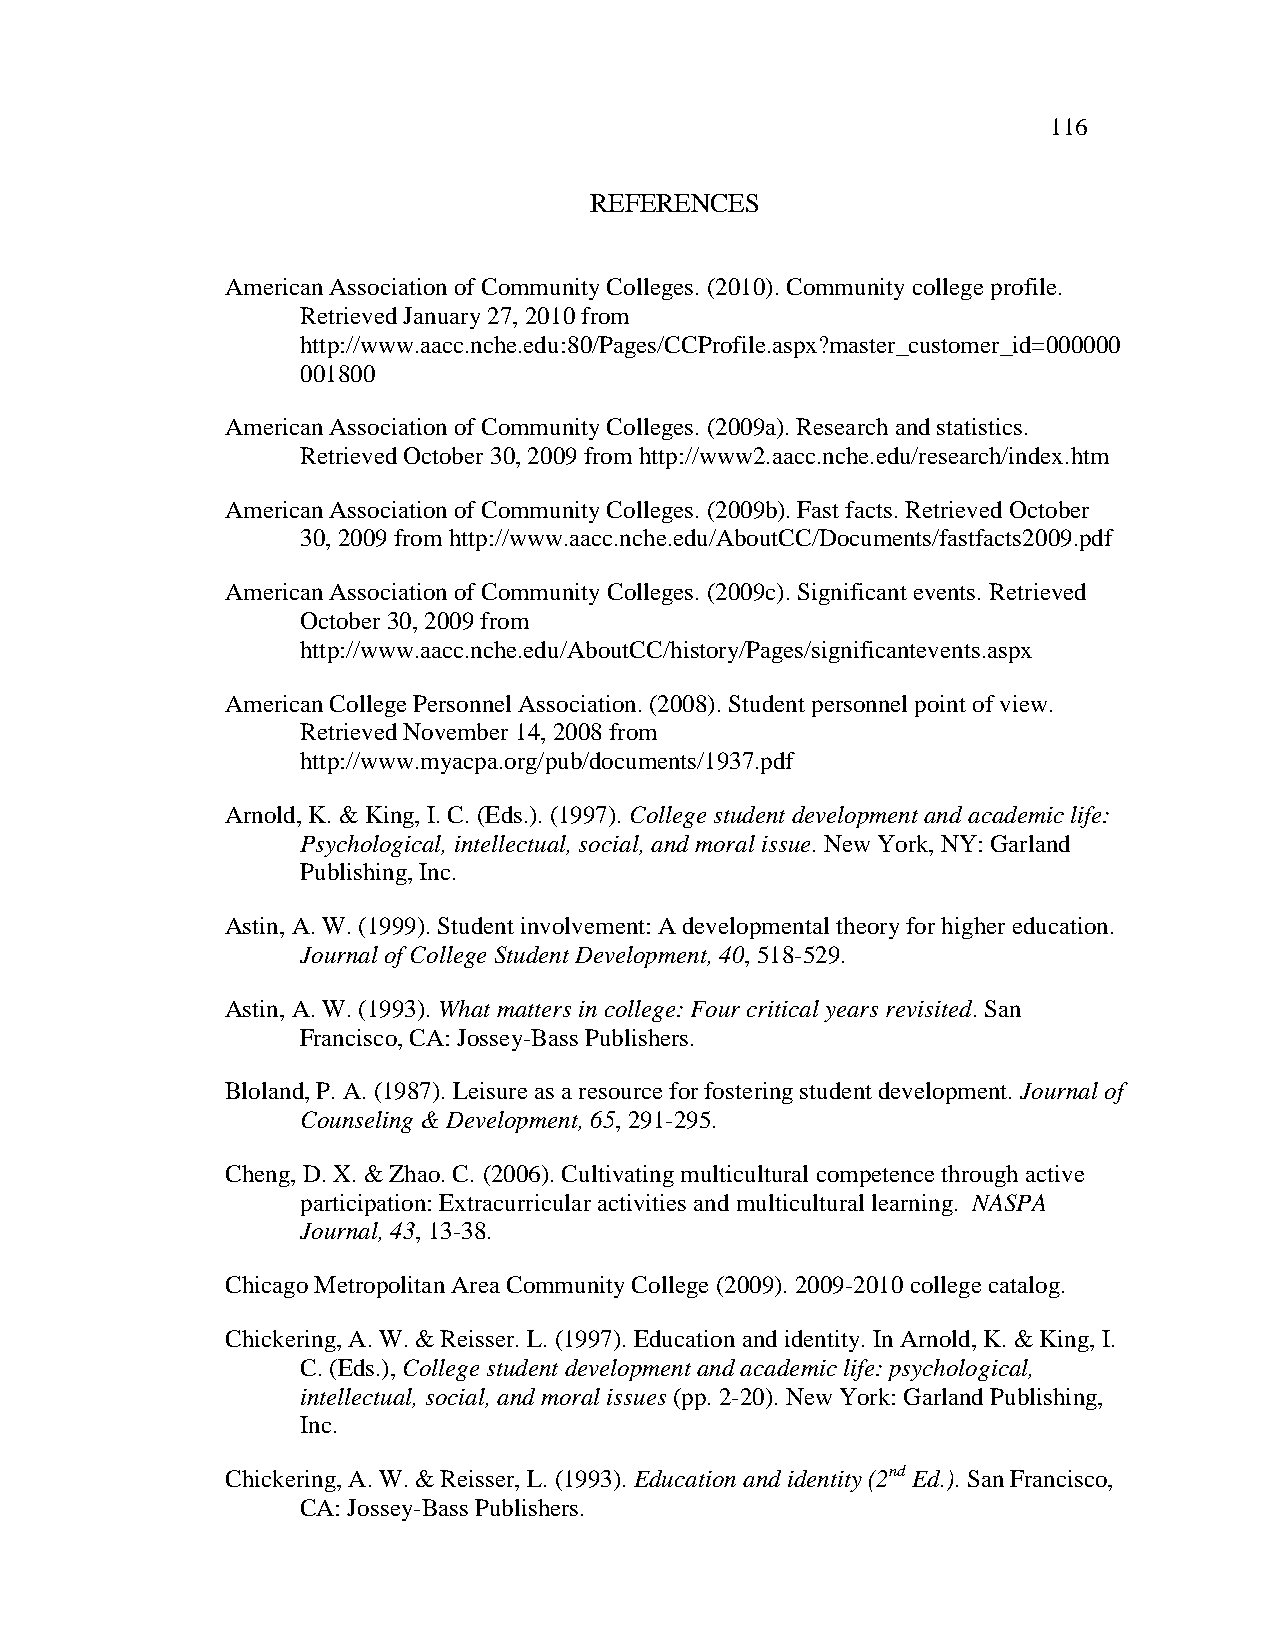
116
 REFERENCES
 American Association of Community Colleges. (2010). Community college profile.
 Retrieved January 27, 2010 from
 http://www.aacc.nche.edu:80/Pages/CCProfile.aspx?master_customer_id=000000
 001800
 American Association of Community Colleges. (2009a). Research and statistics.
 Retrieved October 30, 2009 from http://www2.aacc.nche.edu/research/index.htm
 American Association of Community Colleges. (2009b). Fast facts. Retrieved October
 30, 2009 from http://www.aacc.nche.edu/AboutCC/Documents/fastfacts2009.pdf
 American Association of Community Colleges. (2009c). Significant events. Retrieved
 October 30, 2009 from
 http://www.aacc.nche.edu/AboutCC/history/Pages/significantevents.aspx
 American College Personnel Association. (2008). Student personnel point of view.
 Retrieved November 14, 2008 from
 http://www.myacpa.org/pub/documents/1937.pdf
 Arnold, K. & King, I. C. (Eds.). (1997). College student development and academic life:
 Psychological, intellectual, social, and moral issue. New York, NY: Garland
 Publishing, Inc.
 Astin, A. W. (1999). Student involvement: A developmental theory for higher education.
 Journal of College Student Development, 40, 518-529.
 Astin, A. W. (1993). What matters in college: Four critical years revisited. San
 Francisco, CA: Jossey-Bass Publishers.
 Bloland, P. A. (1987). Leisure as a resource for fostering student development. Journal of
 Counseling & Development, 65, 291-295.
 Cheng, D. X. & Zhao. C. (2006). Cultivating multicultural competence through active
 participation: Extracurricular activities and multicultural learning. NASPA
 Journal, 43, 13-38.
 Chicago Metropolitan Area Community College (2009). 2009-2010 college catalog.
 Chickering, A. W. & Reisser. L. (1997). Education and identity. In Arnold, K. & King, I.
 C. (Eds.), College student development and academic life: psychological,
 intellectual, social, and moral issues (pp. 2-20). New York: Garland Publishing,
 Inc.
 Chickering, A. W. & Reisser, L. (1993). Education and identity (2nd Ed.). San Francisco,
 CA: Jossey-Bass Publishers.